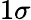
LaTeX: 1\sigma